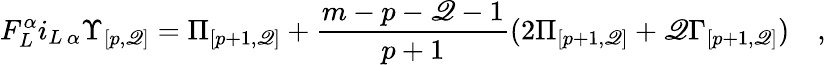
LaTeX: F_{L}^{\alpha}i_{L\, \alpha}{\Upsilon}_{{[p,\mathscr{Q}]}}={\Pi}_{[p+1,\mathscr{Q}]}+{\frac{{m-p-\mathscr{Q}-1}}{{p+1}}}(2{\Pi}_{[p+1,\mathscr{Q}]}+\mathscr{Q}{\Gamma}_{[p+1,\mathscr{Q}]})\quad,